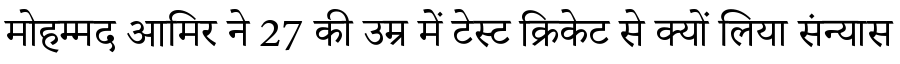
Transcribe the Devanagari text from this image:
मोहम्मद आमिर ने 27 की उम्र में टेस्ट क्रिकेट से क्यों लिया संन्यास